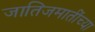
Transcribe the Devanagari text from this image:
जातिजमातींच्या